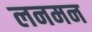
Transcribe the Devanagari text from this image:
लनमन